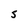
Character: S